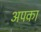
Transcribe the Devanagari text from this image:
अपका